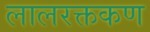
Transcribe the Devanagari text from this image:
लालरक्तकण